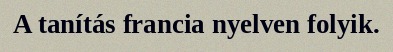
A tanítás francia nyelven folyik.